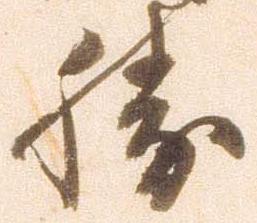
勝